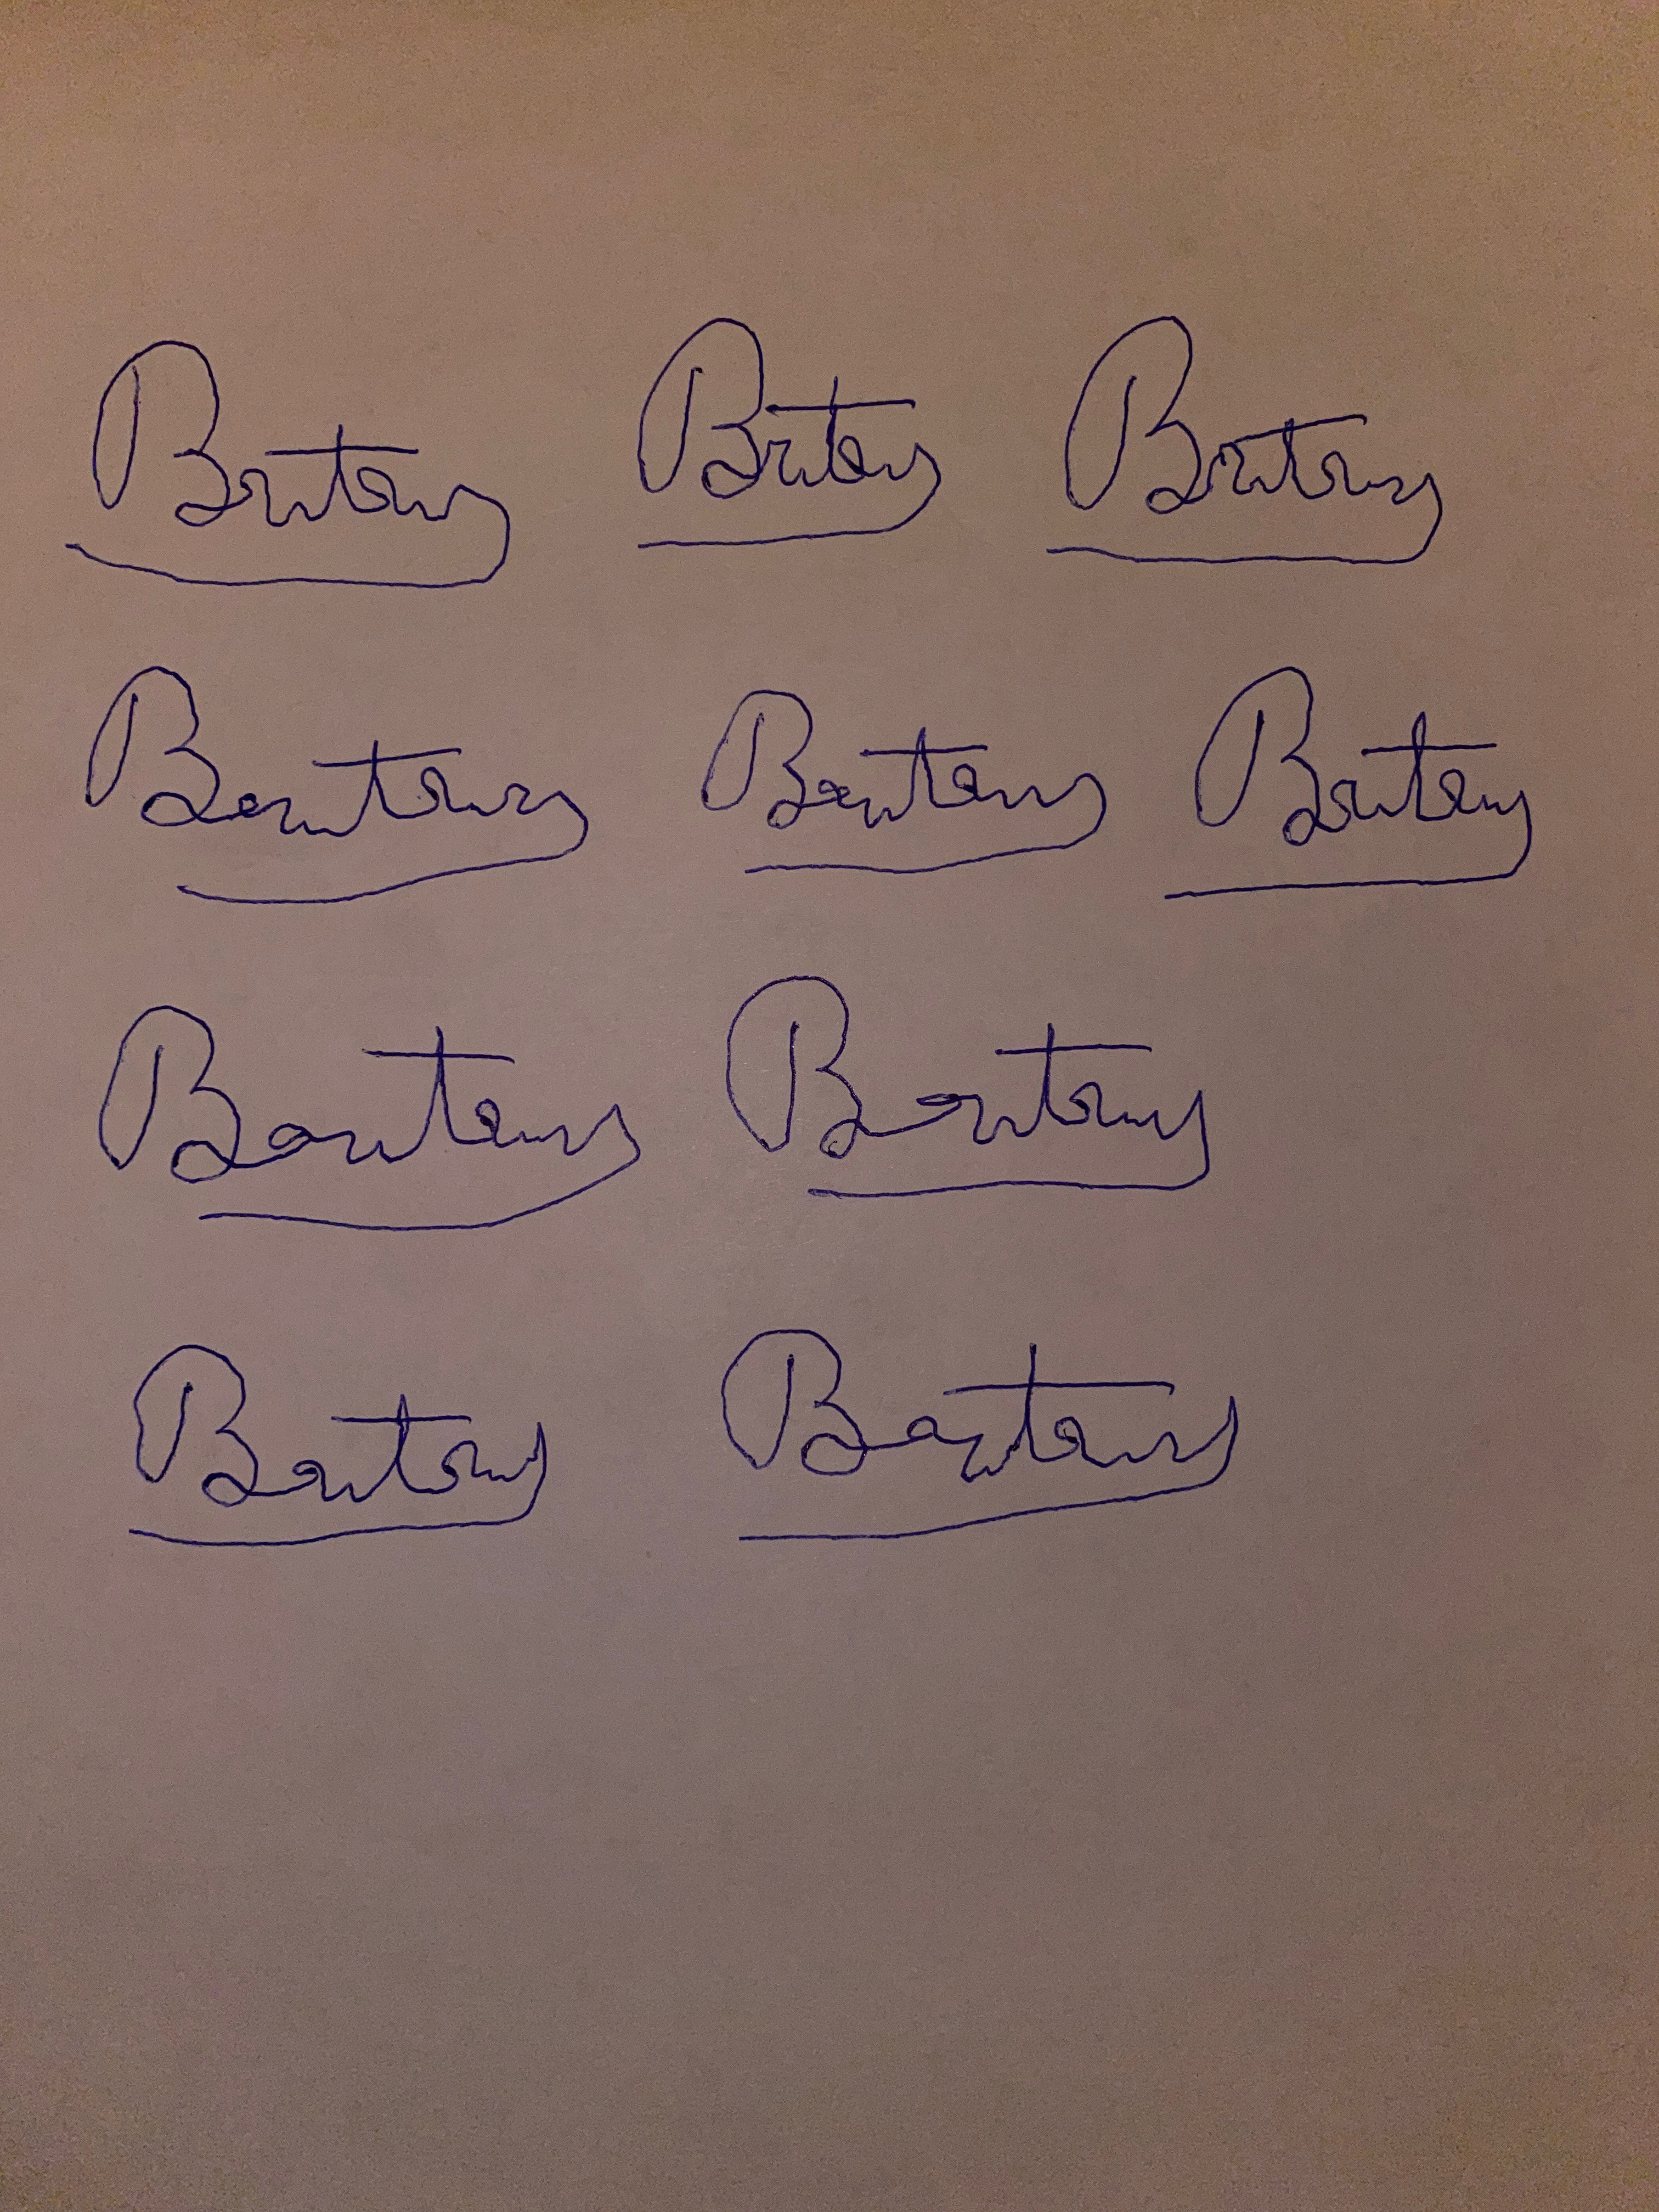
Signature authenticity: forged